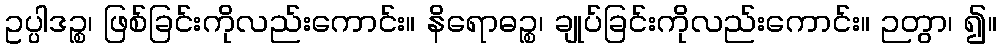
ဥပ္ပါဒဉ္စ၊ ဖြစ်ခြင်းကိုလည်းကောင်း။ နိရောဓဉ္စ၊ ချုပ်ခြင်းကိုလည်းကောင်း။ ဉတွာ၊ ၍။